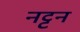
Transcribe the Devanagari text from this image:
नट्टन